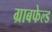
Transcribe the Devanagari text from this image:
ग्राबफेल्ड